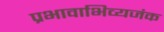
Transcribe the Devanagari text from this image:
प्रभावाभिव्यजंक